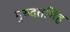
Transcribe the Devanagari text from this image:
गुरुदत्तसिंह